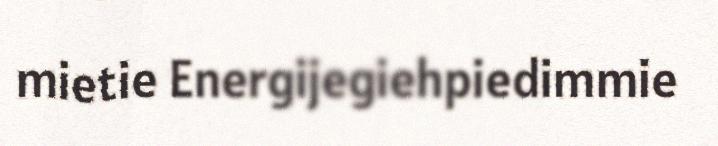
mietie Energijegiehpiedimmie